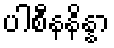
ပါစီနနိန္နာ